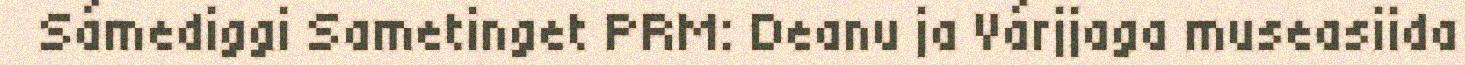
Sámediggi Sametinget PRM: Deanu ja Várjjaga museasiida